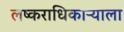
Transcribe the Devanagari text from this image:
लष्कराधिकाऱ्याला